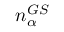
n _ { \alpha } ^ { G S }